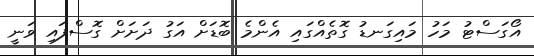
އޯގަސްޓު މަހު މައިގަނޑު ގޮތެއްގައި އެންމެ ބޮޑަށް އަގު ދަށަށް ގޮސްފައި ވަނީ